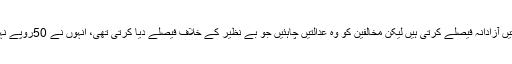
وزیر اطلاعات نے کہا کہ آج عدالتیں آزادانہ فیصلے کرتی ہیں لیکن مخالفین کو وہ عدالتیں چاہئیں جو بے نظیر کے خلاف فیصلے دیا کرتی تھی، انہوں نے 50روپے نہیں بلکہ 500 ارب کی کرپشن کی۔